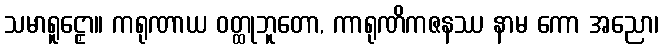
သမာရူဠှော။ ကရုဏာယ ဝတ္ထုဘူတော, ကာရုဏိကဇနဿ နာမ ကော အညော၊